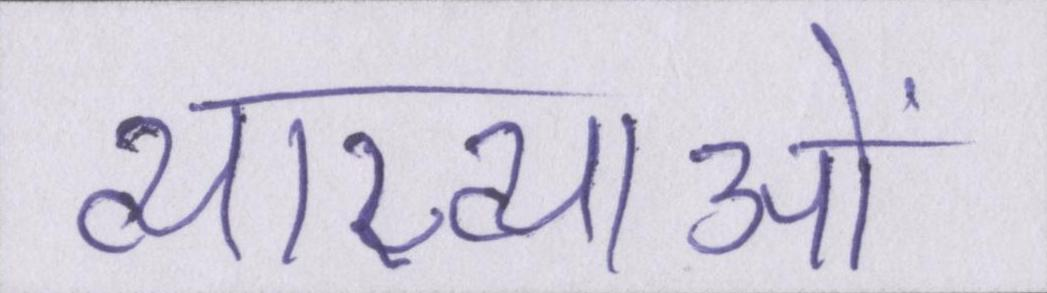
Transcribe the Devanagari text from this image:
व्याख्याओं